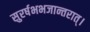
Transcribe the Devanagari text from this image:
सुरर्षभभजान्तरात्।